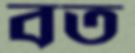
বত